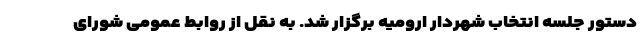
دستور جلسه انتخاب شهردار ارومیه برگزار شد. به نقل از روابط عمومی شورای